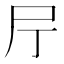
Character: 𡰨